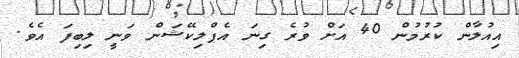
އިއުލާން ކުރުމުން 40 އަށް ވުރެ ގިނަ އެޕްލިކޭޝަން ވަނީ ލިބިފަ އެވެ.